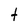
Character: t